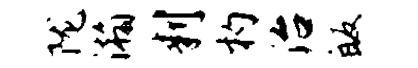
陇瀚判杓治皈